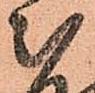
被